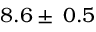
8 . 6 \pm \: 0 . 5